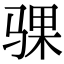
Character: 骒